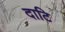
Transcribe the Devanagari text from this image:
दाटि